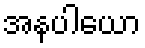
အနပါယော